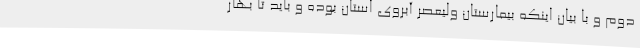
دوم و با بیان اینکه بیمارستان ولیعصر آبروی استان بوده و باید تا بهار